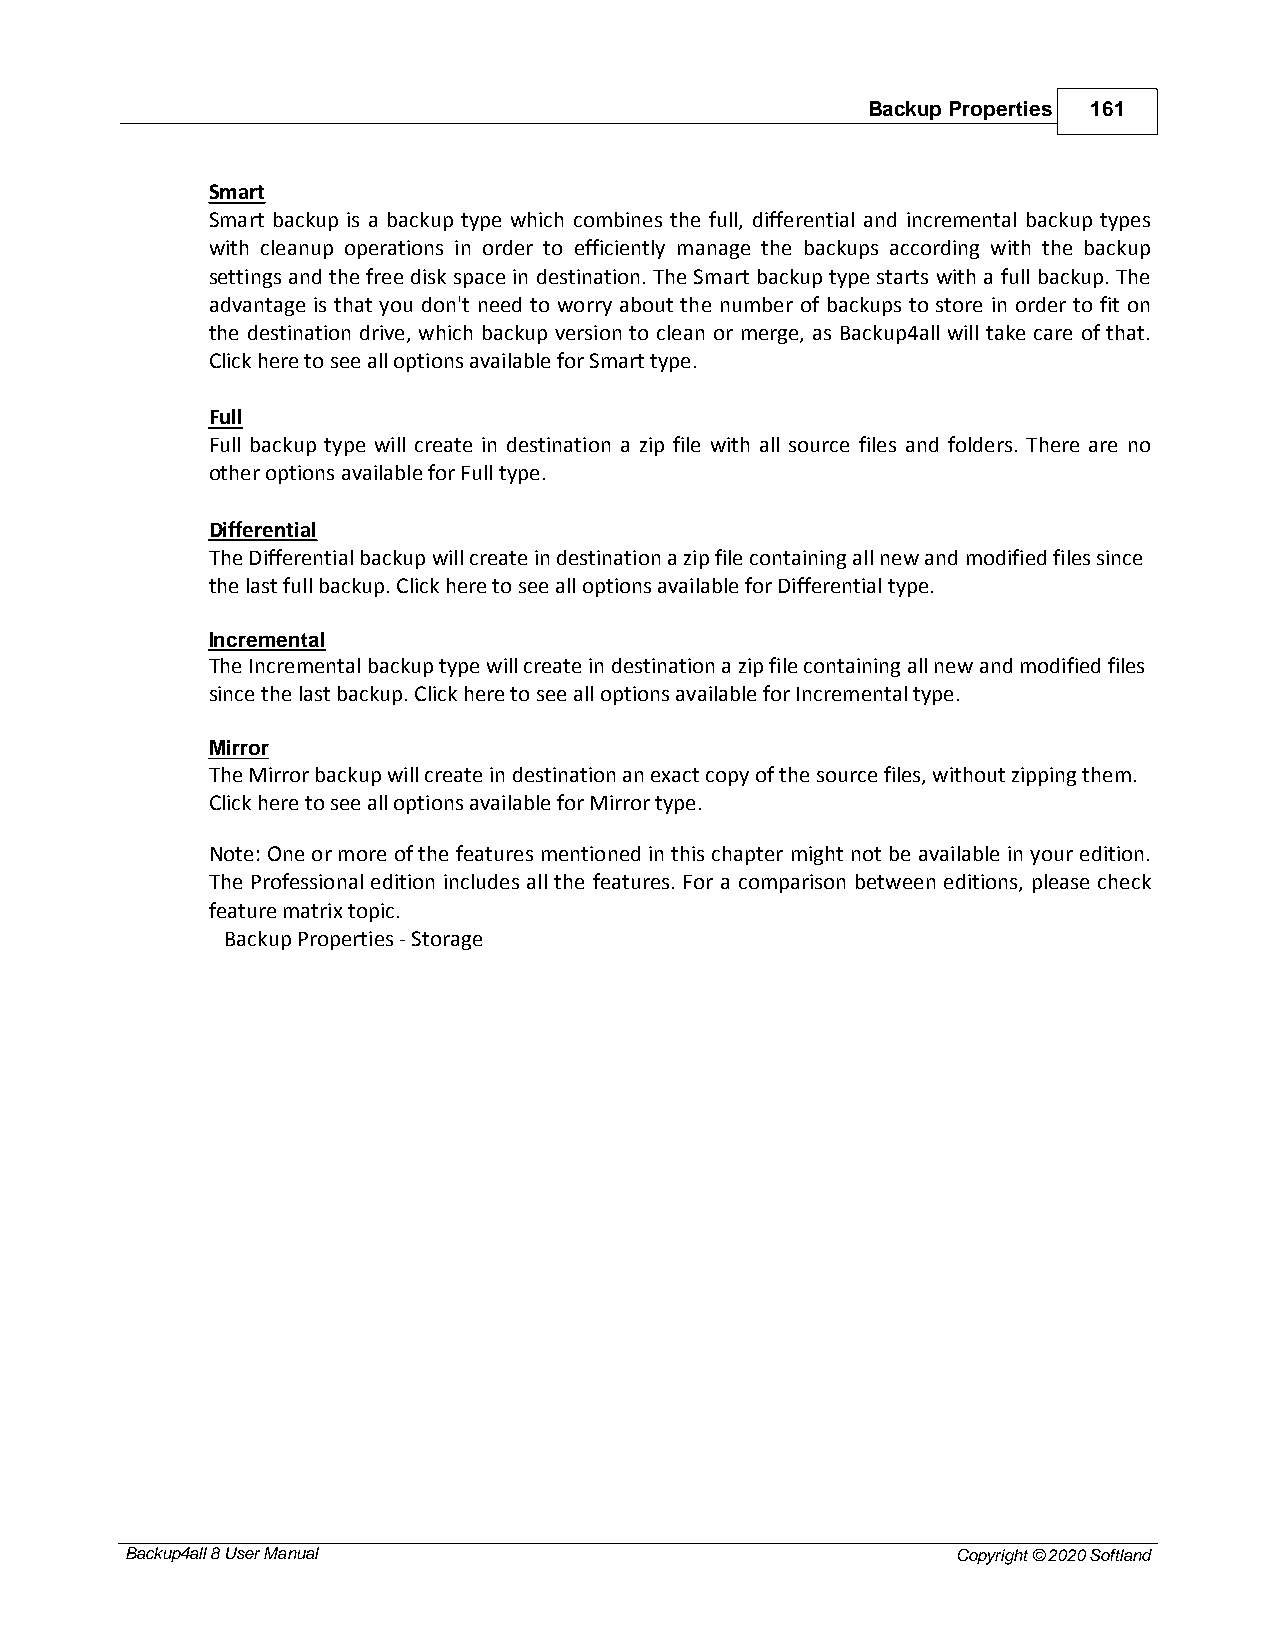
Backup Properties 161
 Smart
 Smart backup is a backup type which combines the full, differential and incremental backup types
 with cleanup operations in order to efficiently manage the backups according with the backup
 settings and the free disk space in destination. The Smart backup type starts with a full backup. The
 advantage is that you don't need to worry about the number of backups to store in order to fit on
 the destination drive, which backup version to clean or merge, as Backup4all will take care of that.
 Click here to see all options available for Smart type.
 Full
 Full backup type will create in destination a zip file with all source files and folders. There are no
 other options available for Full type.
 Differential
 The Differential backup will create in destination a zip file containing all new and modified files since
 the last full backup. Click here to see all options available for Differential type.
 Incremental
 The Incremental backup type will create in destination a zip file containing all new and modified files
 since the last backup. Click here to see all options available for Incremental type.
 Mirror
 The Mirror backup will create in destination an exact copy of the source files, without zipping them.
 Click here to see all options available for Mirror type.
 Note: One or more of the features mentioned in this chapter might not be available in your edition.
 The Professional edition includes all the features. For a comparison between editions, please check
 feature matrix topic.
 Backup Properties - Storage
 Backup4all 8 User Manual                               Copyright © 2020 Softland